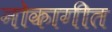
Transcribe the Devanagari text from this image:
नोकागीत